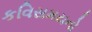
કવિસમયનો